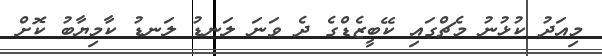
މިއަދު ކުޅުނު މެޗްގައި ކޭބީޒެޑްގެ ދެ ވަނަ ލަނޑު ލަނޑު ކާމިޔާބު ކޮށް